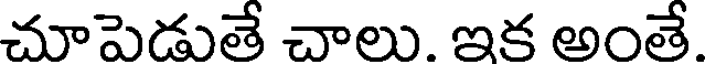
చూపెడుతే చాలు. ఇక అంతే.